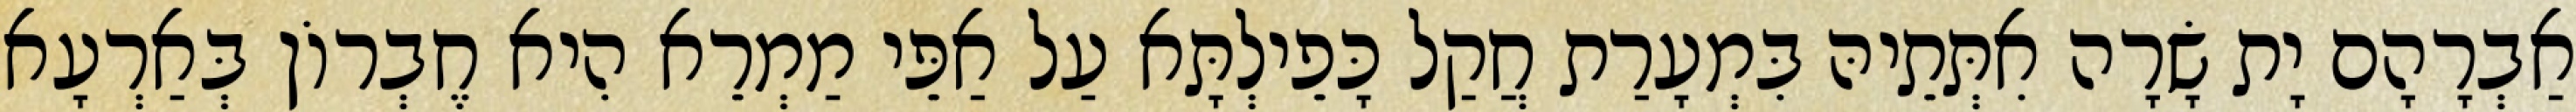
אַבְרָהָם יָת שָׂרָה אִתְּתֵיהּ בִּמְעָרַת חֲקַל כָּפֵילְתָּא עַל אַפֵּי מַמְרֵא הִיא חֶבְרוֹן בְּאַרְעָא